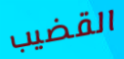
القضيب